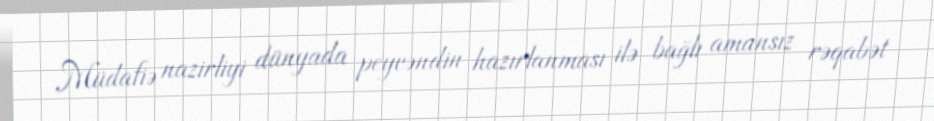
Müdafiə nazirliyi dünyada peyvəndin hazırlanması ilə bağlı amansız rəqabət